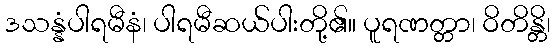
ဒသန္နံပါရမီနံ၊ ပါရမီဆယ်ပါးတို့၏။ ပူရဏတ္တာ၊ ဝိတိန္တိ၊